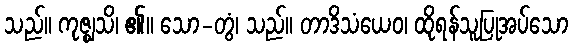
သည်။ ကုဇ္ဈသိ၊ ၏။ သော-တွံ၊ သည်။ တာဒိသံယေဝ၊ ထိုရန်သူပြုအပ်သော